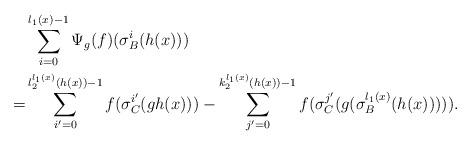
LaTeX: \begin{align*}& \sum_{i=0}^{l_1(x)-1} \Psi_g(f)(\sigma_B^i(h(x)) )\\=&\sum_{i'=0}^{l_2^{l_1(x)} (h(x))-1} f(\sigma_C^{i'}(gh(x)))-\sum_{j'=0}^{k_2^{l_1(x)}(h(x))-1} f(\sigma_C^{j'}(g(\sigma_B^{l_1(x)}(h(x))))).\end{align*}